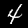
Digit: 4